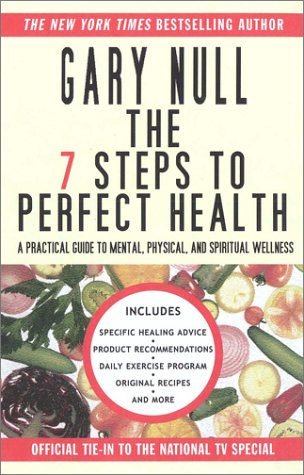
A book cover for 7 Steps to Perfect Health; Gary Null; Health, Fitness & Dieting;